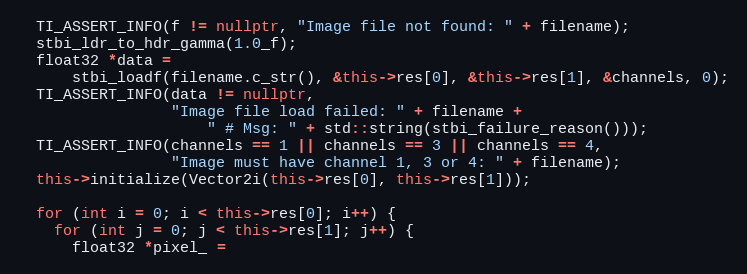
Language: C++
  TI_ASSERT_INFO(f != nullptr, "Image file not found: " + filename);
  stbi_ldr_to_hdr_gamma(1.0_f);
  float32 *data =
      stbi_loadf(filename.c_str(), &this->res[0], &this->res[1], &channels, 0);
  TI_ASSERT_INFO(data != nullptr,
                 "Image file load failed: " + filename +
                     " # Msg: " + std::string(stbi_failure_reason()));
  TI_ASSERT_INFO(channels == 1 || channels == 3 || channels == 4,
                 "Image must have channel 1, 3 or 4: " + filename);
  this->initialize(Vector2i(this->res[0], this->res[1]));

  for (int i = 0; i < this->res[0]; i++) {
    for (int j = 0; j < this->res[1]; j++) {
      float32 *pixel_ =